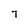
Character: 7